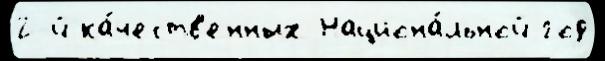
2-й ка́честв'енных Национа́льной год